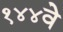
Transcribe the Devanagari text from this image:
१४४वे